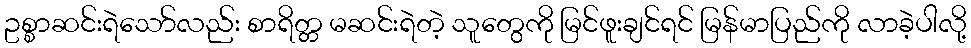
ဥစ္စာဆင်းရဲသော်လည်း စာရိတ္တ မဆင်းရဲတဲ့ သူတွေကို မြင်ဖူးချင်ရင် မြန်မာပြည်ကို လာခဲ့ပါလို့